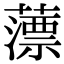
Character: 薸